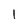
Character: l